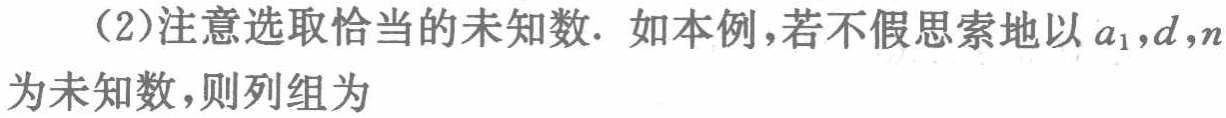
（2）注意选取恰当的未知数. 如本例，若不假思索地以 \(a_{1},d,n\) 为未知数，则列组为